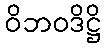
ဝိဘဝဒိဋ္ဌိ